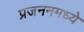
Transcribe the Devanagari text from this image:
प्रजननमध्ये